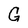
Character: G